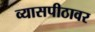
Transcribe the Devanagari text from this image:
व्‍यासपीठावर